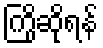
ကြိုဆိုရန်